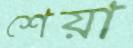
শেয়া